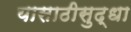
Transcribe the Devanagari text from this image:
यासाठीसुद्धा